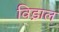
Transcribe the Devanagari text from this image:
विड्राल